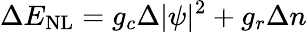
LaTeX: \Delta E_{\mathrm{NL}}=g_{c}\Delta|\psi|^{2}+g_{r}\Delta n